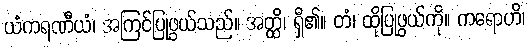
ယံကရဏီယံ၊ အကြင်ပြုဖွယ်သည်။ အတ္ထိ၊ ရှိ၏။ တံ၊ ထိုပြုဖွယ်ကို။ ကရောဟိ၊